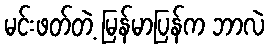
မင်းဖတ်တဲ့ မြန်မာပြန်က ဘာလဲ